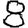
Digit: 8